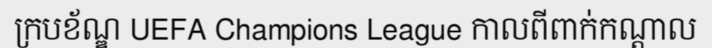
ក្របខ័ណ្ឌ UEFA Champions League កាលពីពាក់កណ្តាល